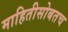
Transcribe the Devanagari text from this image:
माहितीसोबतच